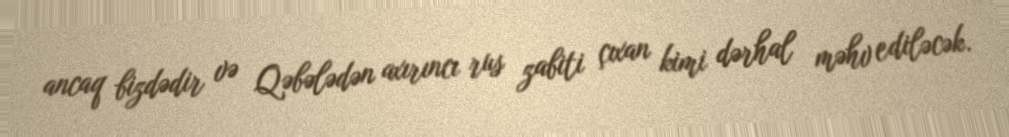
ancaq bizdədir və Qəbələdən axırıncı rus zabiti çıxan kimi dərhal məhv ediləcək.